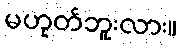
မဟုတ်ဘူးလား။